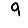
Digit: 9